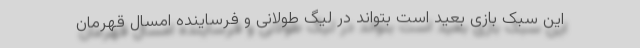
این سبک بازی بعید است بتواند در لیگ طولانی و فرساینده امسال قهرمان